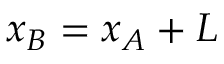
x _ { B } = x _ { A } + L